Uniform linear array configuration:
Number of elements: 4
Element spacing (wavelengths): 0.75
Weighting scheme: hamming
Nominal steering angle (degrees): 30
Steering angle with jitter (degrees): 29.552
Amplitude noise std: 0.05
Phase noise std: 0.05

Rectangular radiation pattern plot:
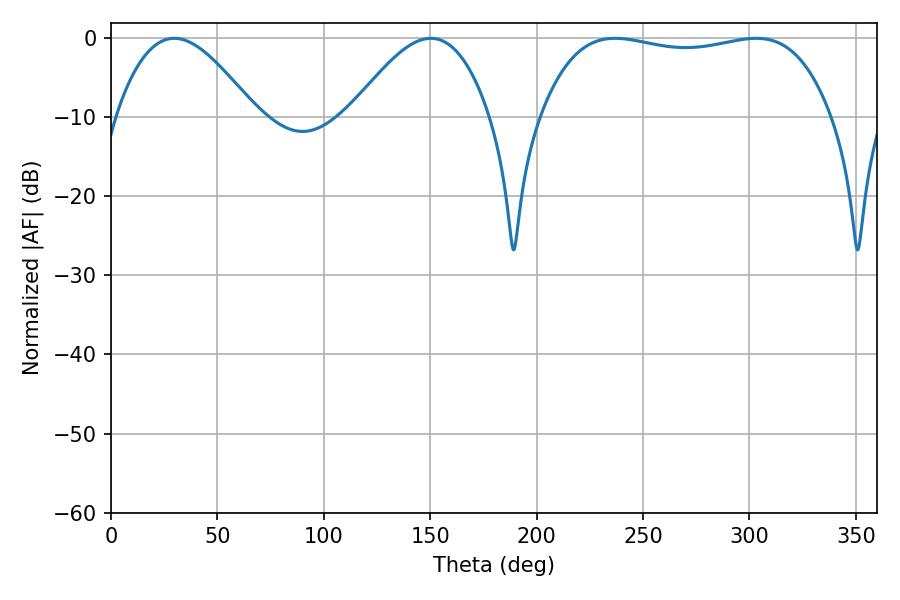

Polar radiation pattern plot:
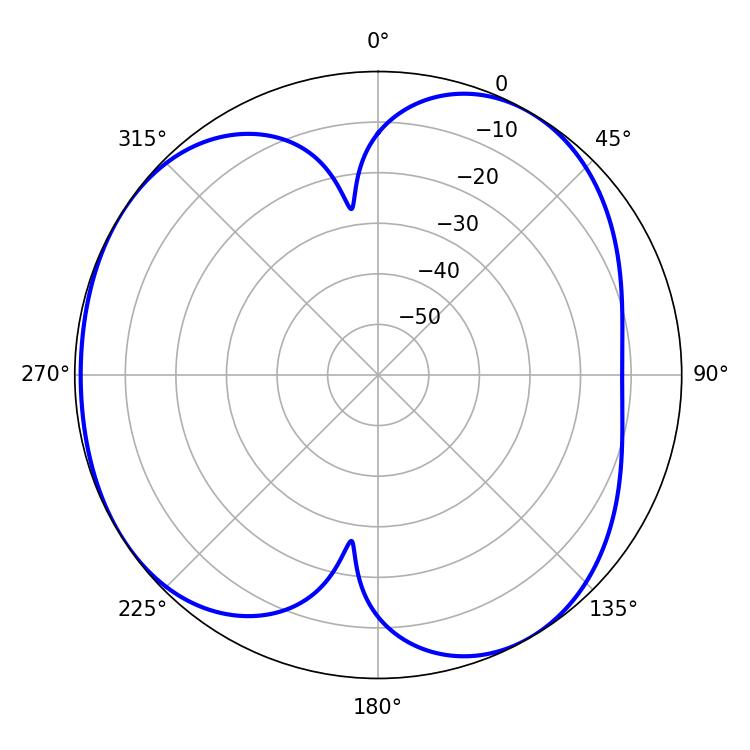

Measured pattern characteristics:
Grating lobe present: TRUE
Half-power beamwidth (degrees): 109.44
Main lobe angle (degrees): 236.88